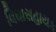
વિઘાસહાયક